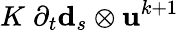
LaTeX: K\; \partial_{t}\mathbf{d}_{s}\otimes\mathbf{u}^{k+1}